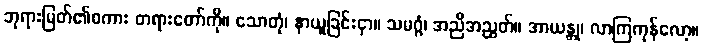
ဘုရားမြတ်၏စကား တရားတော်ကို။ သောတုံ၊ နာယူခြင်းငှာ။ သမဂ္ဂံ၊ အညီအညွတ်။ အာယန္တု၊ လာကြကုန်လော့။